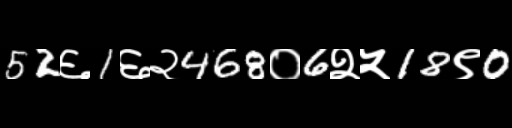
Text: 52६1६२468०6२५18९0